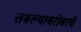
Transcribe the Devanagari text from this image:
तबल्याबरोबरचे